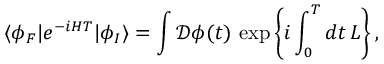
\langle \phi _ { F } | e ^ { - i H T } | \phi _ { I } \rangle = \int { \mathcal { D } } \phi ( t ) \, \exp \left\{ i \int _ { 0 } ^ { T } d t \, L \right\} ,